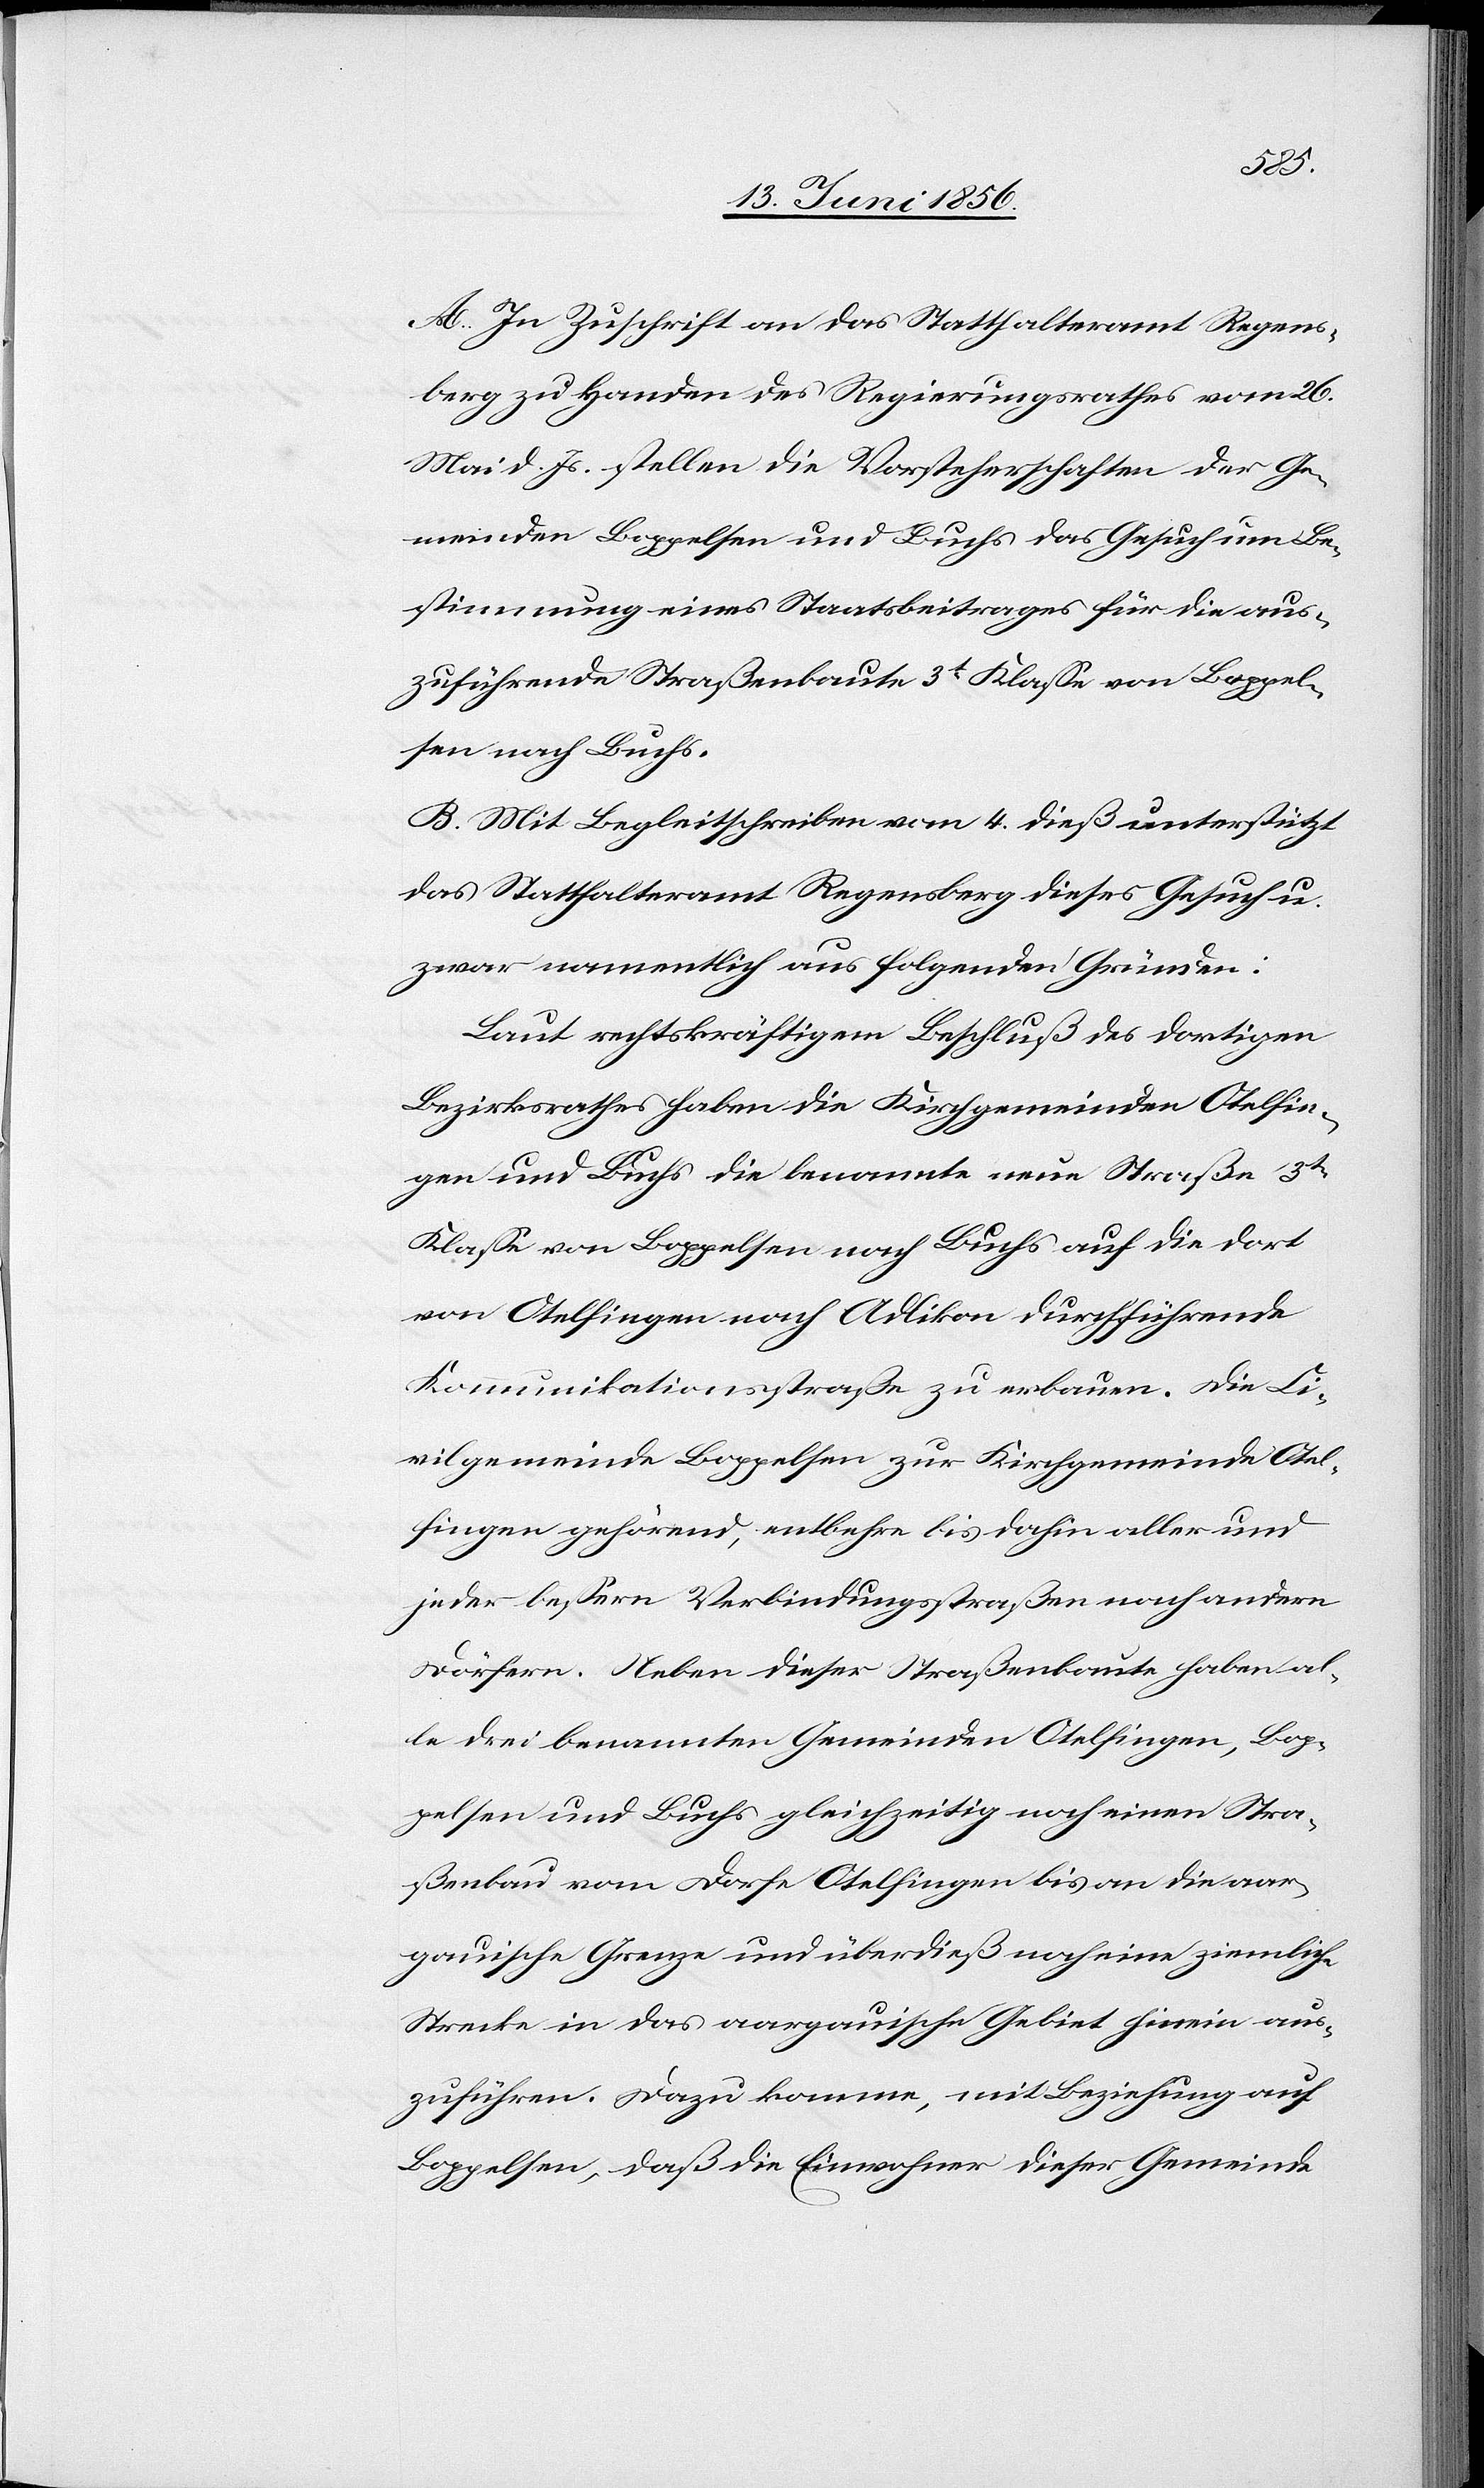
A. In Zuschrift an das Statthalteramt Regens¬
berg zu Handen des Regierungsrathes vom 26
Mai d. Js. stellen die Vorsteherschaften der Ge¬
meinden Boppelsen und Buchs das Gesuch um Be¬
stimmung eines Staatsbeitrages für die aus¬
zuführende Straßenbaute 3t Klasse von Boppel¬
sen nach Buchs.
B. Mit Begleitschreiben vom 4 dieß unterstützt
das Statthalteramt Regensberg dieses Gesuch u.
zwar namentlich aus folgenden Gründen:
Laut rechtskräftigem Beschluß des dortigen
Bezirksrathes haben die Kirchgemeinden Otelfin¬
gen und Buchs die benannte neue Straße 3tr
Klasse von Boppelsen nach Buchs auf die dort
von Otelfingen nach Adlikon durchführende
Kommunikationsstraße zu erbauen. Die Ci¬
vilgemeinde Boppelsen zur Kirchgemeinde Otel¬
fingen gehörend, entbehre bis dahin aller und
jeder bessern Verbindungsstraße nach andern
Dörfern. Neben dieser Straßenbaute haben al¬
le drei benannten Gemeinden Otelfingen, Bop¬
pelsen und Buchs gleichzeitig noch einen Stra¬
ßenbau vom Dorfe Otelfingen bis an die aar¬
gauische Grenze und überdieß noch eine ziemliche
Strecke in das aargauische Gebiete hinein aus¬
zuführen. Dazu komme, mit Beziehung auf
Boppelsen, daß die Einwohner dieser Gemeinde